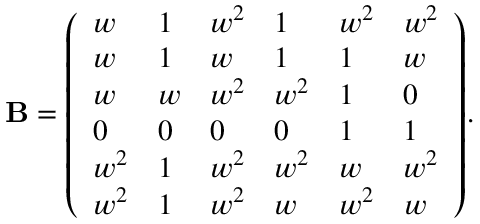
{ \mathbf { B } } = { \left( \begin{array} { l l l l l l } { w } & { 1 } & { w ^ { 2 } } & { 1 } & { w ^ { 2 } } & { w ^ { 2 } } \\ { w } & { 1 } & { w } & { 1 } & { 1 } & { w } \\ { w } & { w } & { w ^ { 2 } } & { w ^ { 2 } } & { 1 } & { 0 } \\ { 0 } & { 0 } & { 0 } & { 0 } & { 1 } & { 1 } \\ { w ^ { 2 } } & { 1 } & { w ^ { 2 } } & { w ^ { 2 } } & { w } & { w ^ { 2 } } \\ { w ^ { 2 } } & { 1 } & { w ^ { 2 } } & { w } & { w ^ { 2 } } & { w } \end{array} \right) } .